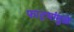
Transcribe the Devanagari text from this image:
फाट्यांमुळे